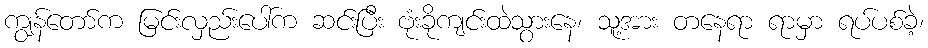
ကျွန်တော်က မြင်းလှည်းပေါ်က ဆင်းပြီး ဗုံးခိုကျင်းထဲသွားနေ၊ သူ့အား တနေရာ ရာမှာ ရပ်ပစ်ခဲ့၊